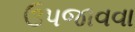
ઉપજાવવા